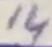
Text: 14